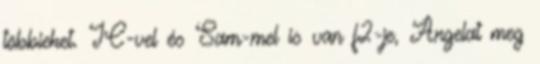
többieket. JC-vel és Sam-mel is van f2-je, Angelat meg